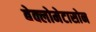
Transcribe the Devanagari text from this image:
बेक्लोमेटासोन